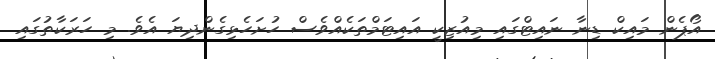
އޯޕެން މައިކް ޑިނާ ނައިޓްގައި މިއުޒިކީ އައިޓަމްތަކެއްވެސް ހުށަހެޅިގެންދިޔަ އެވެ. މި ހަރަކާތުގައި